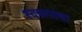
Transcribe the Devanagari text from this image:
स्वरूपांचा